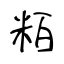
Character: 粨